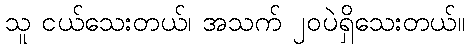
သူ ငယ်သေးတယ်၊ အသက် ၂၀ပဲရှိသေးတယ်။